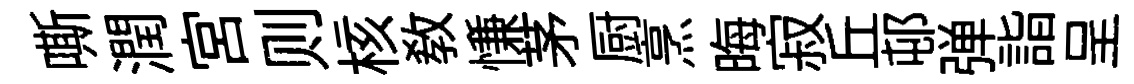
嘶潤宫则核教慊茅厨烹晦寂丘邨弹詣呈